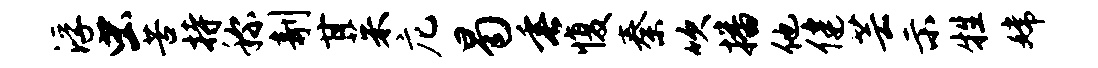
浮虫苦持称剞甘茱庀曷垂愎秦吹播他健芸示牲嫦